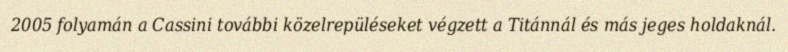
2005 folyamán a Cassini további közelrepüléseket végzett a Titánnál és más jeges holdaknál.